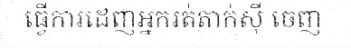
ធ្វើការដេញអ្នករត់តាក់ស៊ី ចេញ